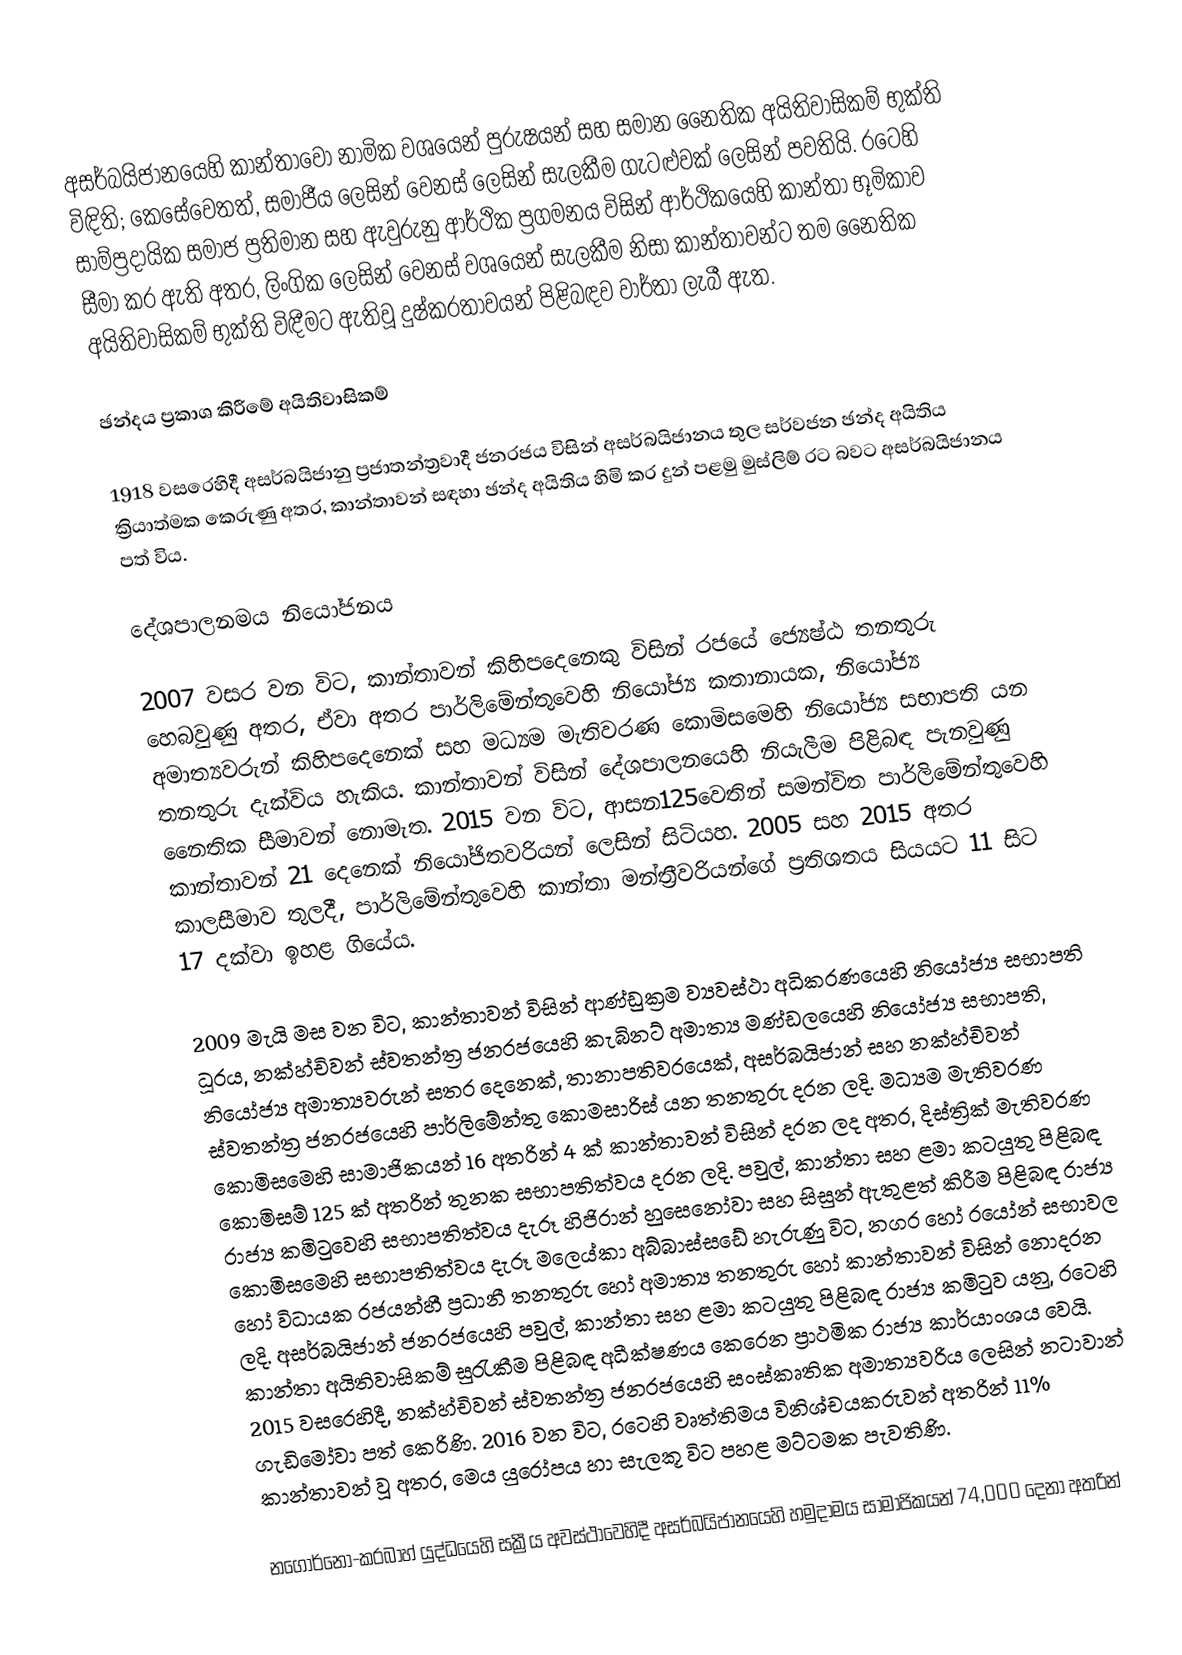
අසර්බයිජානයෙහි කාන්තාවෝ නාමික වශයෙන් පුරුෂයන් සහ සමාන නෛතික අයිතිවාසිකම් භුක්ති විඳිති; කෙසේවෙතත්, සමාජීය ලෙසින් වෙනස් ලෙසින් සැලකීම ගැටළුවක් ලෙසින් පවතියි.  රටෙහි සාම්ප්‍රදායික සමාජ ප්‍රතිමාන සහ ඇවුරුනු ආර්ථික ප්‍රගමනය විසින් ආර්ථිකයෙහි කාන්තා භූමිකාව සීමා කර ඇති අතර, ලිංගික ලෙසින් වෙනස් වශයෙන් සැලකීම නිසා කාන්තාවන්ට තම නෛතික අයිතිවාසිකම් භුක්ති විඳීමට ඇතිවූ දුෂ්කරතාවයන් පිළිබඳව වාර්තා ලැබී ඇත.

ඡන්දය ප්‍රකාශ කිරීමේ අයිතිවාසිකම්

1918 වසරෙහිදී  අසර්බයිජානු ප්‍රජාතන්ත්‍රවාදී ජනරජය විසින් අසර්බයිජානය තුල සර්වජන ඡන්ද අයිතිය ක්‍රියාත්මක කෙරුණු අතර,  කාන්තාවන් සඳහා ඡන්ද අයිතිය හිමි කර දුන් පළමු මුස්ලිම් රට බවට අසර්බයිජානය පත් විය.

දේශපාලනමය නියෝජනය

2007 වසර වන විට, කාන්තාවන් කිහිපදෙනෙකු විසින් රජයේ ජ්‍යෙෂ්ඨ තනතුරු හෙබවුණු අතර, ඒවා අතර පාර්ලිමේන්තුවෙහි නියෝජ්‍ය කතානායක, නියෝජ්‍ය අමාත්‍යවරුන් කිහිපදෙනෙක් සහ මධ්‍යම මැතිවරණ කොමිසමෙහි නියෝජ්‍ය සභාපති යන තනතුරු දැක්විය හැකිය. කාන්තාවන් විසින් දේශපාලනයෙහි නියැලීම පිළිබඳ පැනවුණු නෛතික සීමාවන් නොමැත. 2015 වන විට, ආසන125වෙතින් සමන්විත පාර්ලිමේන්තුවෙහි කාන්තාවන් 21 දෙනෙක් නියෝජිතවරියන් ලෙසින් සිටියහ. 2005 සහ 2015 අතර කාලසීමාව තුලදී, පාර්ලිමේන්තුවෙහි කාන්තා මන්ත්‍රීවරියන්ගේ ප්‍රතිශතය සියයට 11 සිට 17 දක්වා ඉහළ ගියේය.

2009 මැයි මස වන විට, කාන්තාවන් විසින් ආණ්ඩුක්‍රම ව්‍යවස්ථා අධිකරණයෙහි නියෝජ්‍ය සභාපති ධූරය,  නක්හ්චිවන් ස්වතන්ත්‍ර ජනරජයෙහි කැබිනට් අමාත්‍ය මණ්ඩලයෙහි නියෝජ්‍ය සභාපති, නියෝජ්‍ය අමාත්‍යවරුන් සතර දෙනෙක්, තානාපතිවරයෙක්, අසර්බයිජාන් සහ නක්හ්චිවන්  ස්වතන්ත්‍ර ජනරජයෙහි පාර්ලිමේන්තු කොමසාරිස් යන තනතුරු දරන ලදි. මධ්‍යම මැතිවරණ කොමිසමෙහි සාමාජිකයන් 16 අතරින් 4 ක් කාන්තාවන් විසින් දරන ලද අතර, දිස්ත්‍රික් මැතිවරණ කොමිසම් 125 ක් අතරින් තුනක සභාපතිත්වය දරන ලදි. පවුල්, කාන්තා සහ  ළමා කටයුතු පිළිබඳ රාජ්‍ය කමිටුවෙහි සභාපතිත්වය දැරූ  හිජිරාන් හුසෙනෝවා  සහ සිසුන් ඇතුළත් කිරීම පිළිබඳ රාජ්‍ය කොමිසමෙහි සභාපතිත්වය දැරූ  මලෙය්කා අබ්බාස්සඩේ හැරුණු විට,  නගර හෝ රයෝන් සභාවල හෝ විධායක රජයන්හී ප්‍රධානී තනතුරු හෝ අමාත්‍ය තනතුරු හෝ කාන්තාවන් විසින් නොදරන ලදි. අසර්බයිජාන් ජනරජයෙහි පවුල්, කාන්තා සහ  ළමා කටයුතු පිළිබඳ රාජ්‍ය කමිටුව යනු, රටෙහි කාන්තා අයිතිවාසිකම් සුරැකීම පිළිබඳ අධීක්ෂණය කෙරෙන ප්‍රාථමික රාජ්‍ය කාර්යාංශය වෙයි. 2015 වසරෙහිදී, නක්හ්චිවන් ස්වතන්ත්‍ර ජනරජයෙහි සංස්කෘතික අමාත්‍යවරිය ලෙසින් නටාවාන් ගැඩිමෝවා පත් කෙරිණි. 2016 වන විට, රටෙහි වෘත්තිමය විනිශ්චයකරුවන් අතරින් 11% කාන්තාවන් වූ අතර, මෙය යුරෝපය හා සැලකූ විට පහළ මට්ටමක පැවතිණි.

 නගෝර්නෝ-කරබාහ් යුද්ධයෙහි සක්‍රීය අවස්ථාවෙහිදී අසර්බයිජානයෙහි හමුදාමය සාමාජිකයන් 74,000 දෙනා  අතරින්